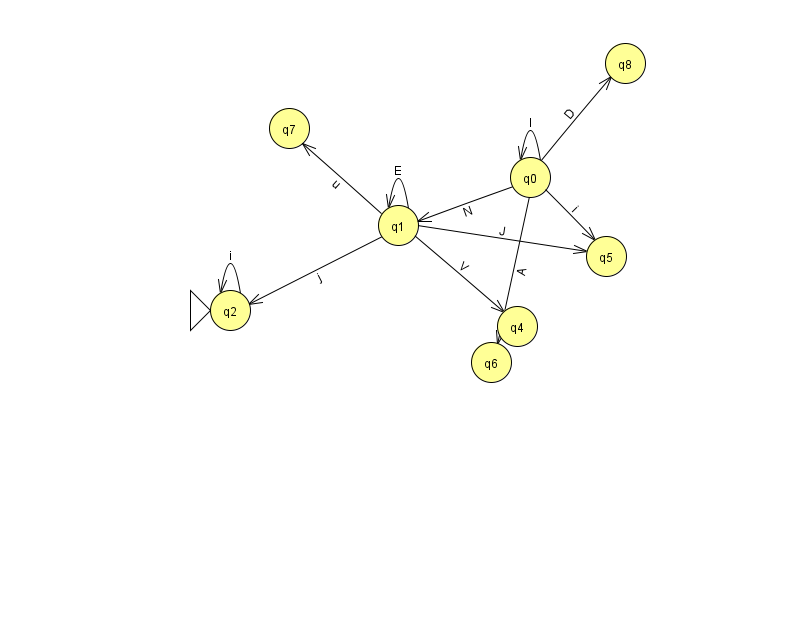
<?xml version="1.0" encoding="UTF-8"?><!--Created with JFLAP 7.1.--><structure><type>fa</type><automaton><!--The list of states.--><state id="0" name="q0"><x>530.0</x><y>164.0</y></state><state id="1" name="q1"><x>398.0</x><y>212.0</y></state><state id="2" name="q2"><x>230.0</x><y>297.0</y><initial/></state><state id="4" name="q4"><x>517.0</x><y>313.0</y></state><state id="5" name="q5"><x>606.0</x><y>243.0</y></state><state id="6" name="q6"><x>491.0</x><y>349.0</y></state><state id="7" name="q7"><x>289.0</x><y>115.0</y></state><state id="8" name="q8"><x>625.0</x><y>50.0</y></state><!--The list of transitions.--><transition><from>1</from><to>2</to><read>j</read></transition><transition><from>1</from><to>7</to><read>u</read></transition><transition><from>1</from><to>1</to><read>E</read></transition><transition><from>0</from><to>6</to><read>A</read></transition><transition><from>0</from><to>0</to><read>I</read></transition><transition><from>2</from><to>2</to><read>i</read></transition><transition><from>0</from><to>1</to><read>N</read></transition><transition><from>0</from><to>5</to><read>i</read></transition><transition><from>1</from><to>5</to><read>J</read></transition><transition><from>1</from><to>4</to><read>V</read></transition><transition><from>0</from><to>8</to><read>D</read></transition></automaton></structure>